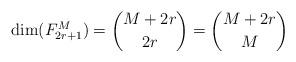
LaTeX: \begin{align*}\mbox{dim}(F_{2r+1}^M)={M+2r \choose 2r}={M+2r \choose M}\end{align*}